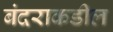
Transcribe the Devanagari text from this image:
बंदराकडील